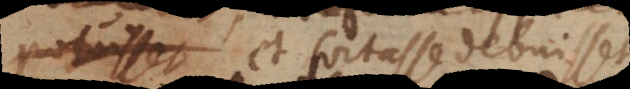
posset et fortasse debuisset,